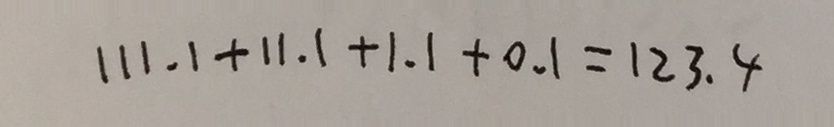
1 1 1 . 1 + 1 1 . 1 + 1 . 1 + 0 . 1 = 1 2 3 . 4